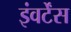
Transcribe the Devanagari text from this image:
इंवर्टेंस